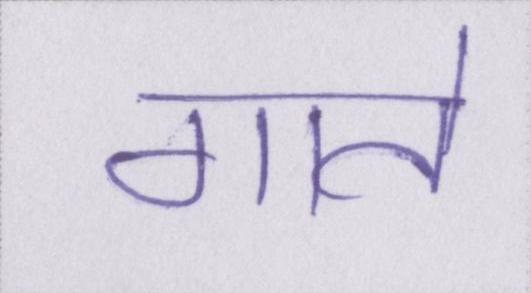
गाते